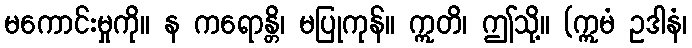
မကောင်းမှုကို။ န ကရောန္တိ၊ မပြုကုန်။ ဣတိ၊ ဤသို့။ (ဣမံ ဥဒါနံ၊